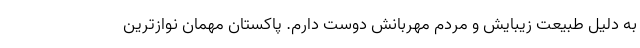
به دلیل طبیعت زیبایش و مردم مهربانش دوست دارم. پاکستان مهمان نوازترین